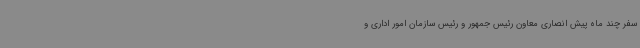
سفر چند ماه پیش انصاری معاون رئیس جمهور و رئیس سازمان امور اداری و